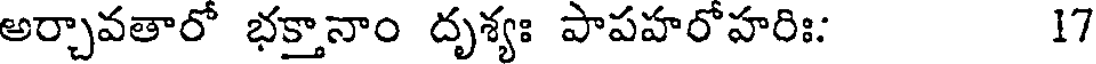
అర్చావతారో భక్తానాం దృశ్యః పాపహరోహరిః: 17